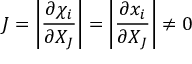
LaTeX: \ J = \left| { \frac { \partial \chi _ { i } } { \partial X _ { J } } } \right| = \left| { \frac { \partial x _ { i } } { \partial X _ { J } } } \right| \neq 0